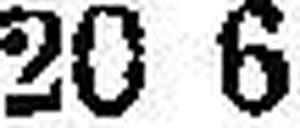
20 6